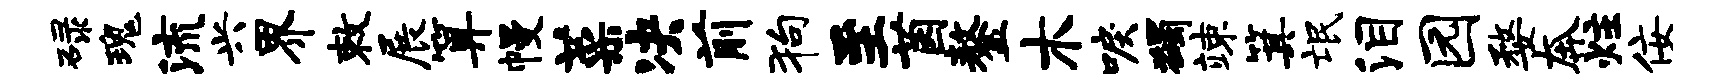
碌瑰流兴界敕展算幔菜决前狗至茵鏊木唳蠲竦箕氓泪园婺奔炷佞